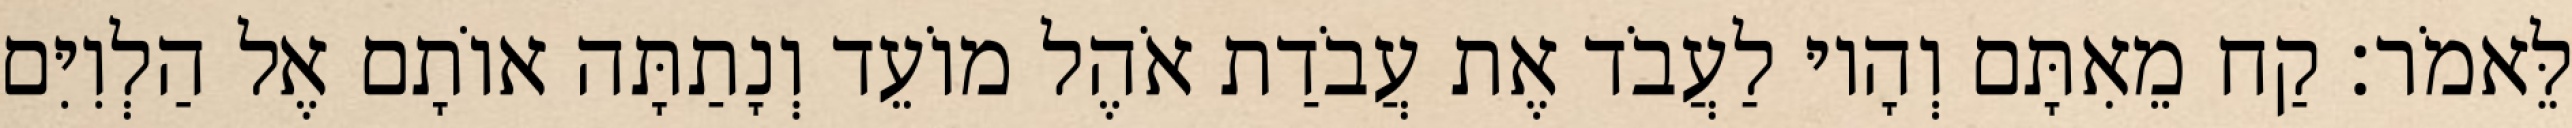
לֵּאמֹר׃ קַח מֵאִתָּם וְהָיוּ לַעֲבֹד אֶת עֲבֹדַת אֹהֶל מוֹעֵד וְנָתַתָּה אוֹתָם אֶל הַלְוִיִּם